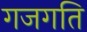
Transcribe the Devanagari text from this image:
गजगति